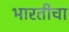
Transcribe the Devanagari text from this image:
भारतीचा